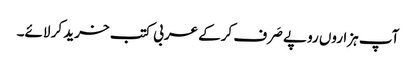
آپ ہزاروں روپے صَرف کرکے عربی کتب خرید کر لائے۔